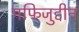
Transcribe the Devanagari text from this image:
मफिजुद्दीन